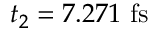
t _ { 2 } = 7 . 2 7 1 ~ \mathrm { f s }